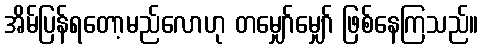
အိမ်ပြန်ရတော့မည်လောဟု တမျှော်မျှော် ဖြစ်နေကြသည်။